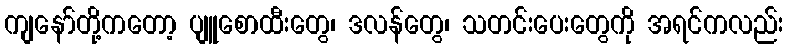
ကျနော်တို့ကတော့ ပျူစောထီးတွေ၊ ဒလန်တွေ၊ သတင်းပေးတွေကို အရင်ကလည်း